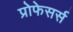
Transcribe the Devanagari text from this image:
प्रोफेसर्स